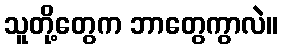
သူတို့တွေက ဘာတွေကွာလဲ။